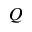
Q